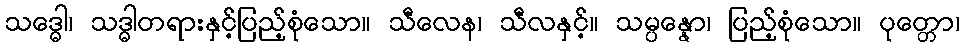
သဒ္ဓေါ၊ သဒ္ဓါတရားနှင့်ပြည့်စုံသော။ သီလေန၊ သီလနှင့်။ သမ္ပန္နော၊ ပြည့်စုံသော။ ပုတ္တော၊